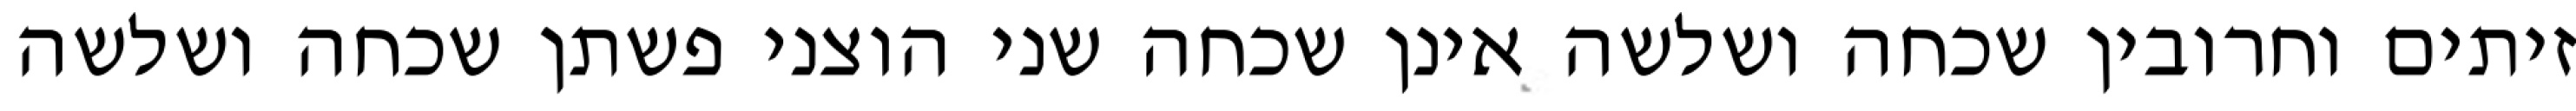
זיתים וחרובין שכחה ושלשה אינן שכחה שני הוצני פשתן שכחה ושלשה